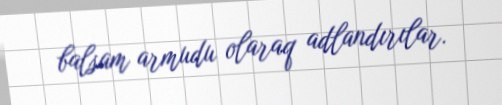
balsam armudu olaraq adlandırılar.